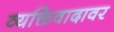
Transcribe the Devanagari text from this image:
व्यक्तिवादावर